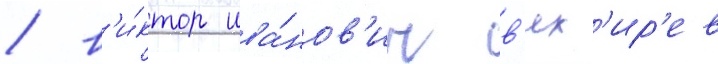
/ в'и́ктор ива́нов'ич в'ях'ир'ев